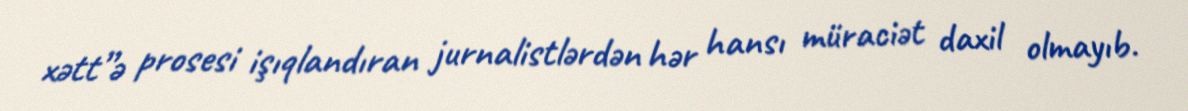
xətt”ə prosesi işıqlandıran jurnalistlərdən hər hansı müraciət daxil olmayıb.